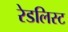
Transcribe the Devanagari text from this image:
रेडलिस्ट